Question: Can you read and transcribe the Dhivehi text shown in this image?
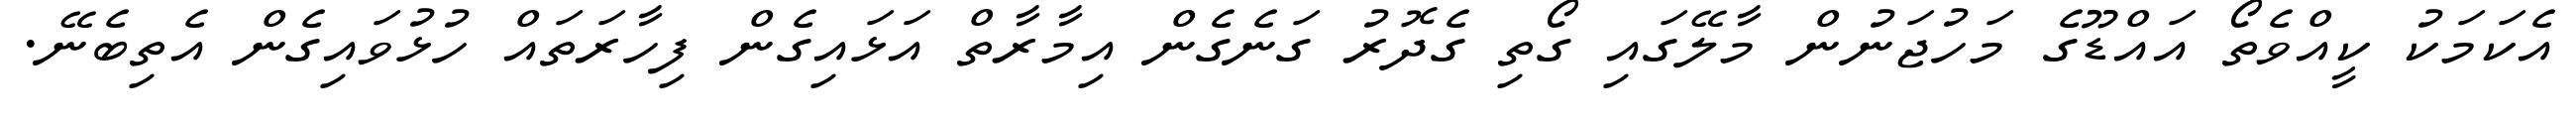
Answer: އެކަމަކު ކީއްވެތޯ އައްޑޫގެ މަހުޖަނުން މާލޭގައި ގޯތި ގެދޮރު ގަނެގެން އިމާރާތް އަޅައިގެން ފިހާރަތައް ހުޅުވައިގެން އެތިބެނޭ.